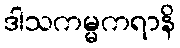
ဒါသကမ္မကရာနိ